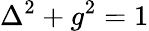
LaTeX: \Delta^{2}+g^{2}=1